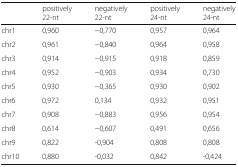
<table><thead><tr><td></td><td><b>positively 22-nt</b></td><td><b>negatively 22-nt</b></td><td><b>positively 24-nt</b></td><td><b>negatively 24-nt</b></td></tr></thead><tbody><tr><td>chr1</td><td>0,960</td><td>−0,770</td><td>0,957</td><td>0,964</td></tr><tr><td>chr2</td><td>0,961</td><td>−0,840</td><td>0,964</td><td>0,958</td></tr><tr><td>chr3</td><td>0,914</td><td>−0,915</td><td>0,918</td><td>0,859</td></tr><tr><td>chr4</td><td>0,952</td><td>−0,903</td><td>0,934</td><td>0,730</td></tr><tr><td>chr5</td><td>0,930</td><td>−0,365</td><td>0,930</td><td>0,902</td></tr><tr><td>chr6</td><td>0,972</td><td>0,134</td><td>0,932</td><td>0,951</td></tr><tr><td>chr7</td><td>0,908</td><td>−0,883</td><td>0,956</td><td>0,954</td></tr><tr><td>chr8</td><td>0,614</td><td>−0,607</td><td>0,491</td><td>0,656</td></tr><tr><td>chr9</td><td>0,822</td><td>-0,904</td><td>0,808</td><td>0,808</td></tr><tr><td>chr10</td><td>0,880</td><td>-0,032</td><td>0,842</td><td>-0,424</td></tr></tbody></table>